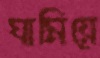
ঘামিয়ে